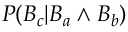
P ( B _ { c } | B _ { a } \land B _ { b } )